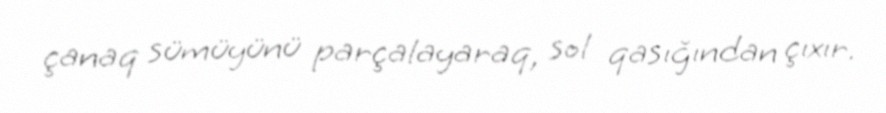
çanaq sümüyünü parçalayaraq, sol qasığından çıxır.